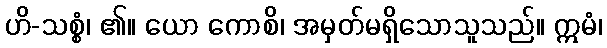
ဟိ-သစ္စံ၊ ၏။ ယော ကောစိ၊ အမှတ်မရှိသောသူသည်။ ဣမံ၊